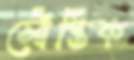
সৌপ্তিক